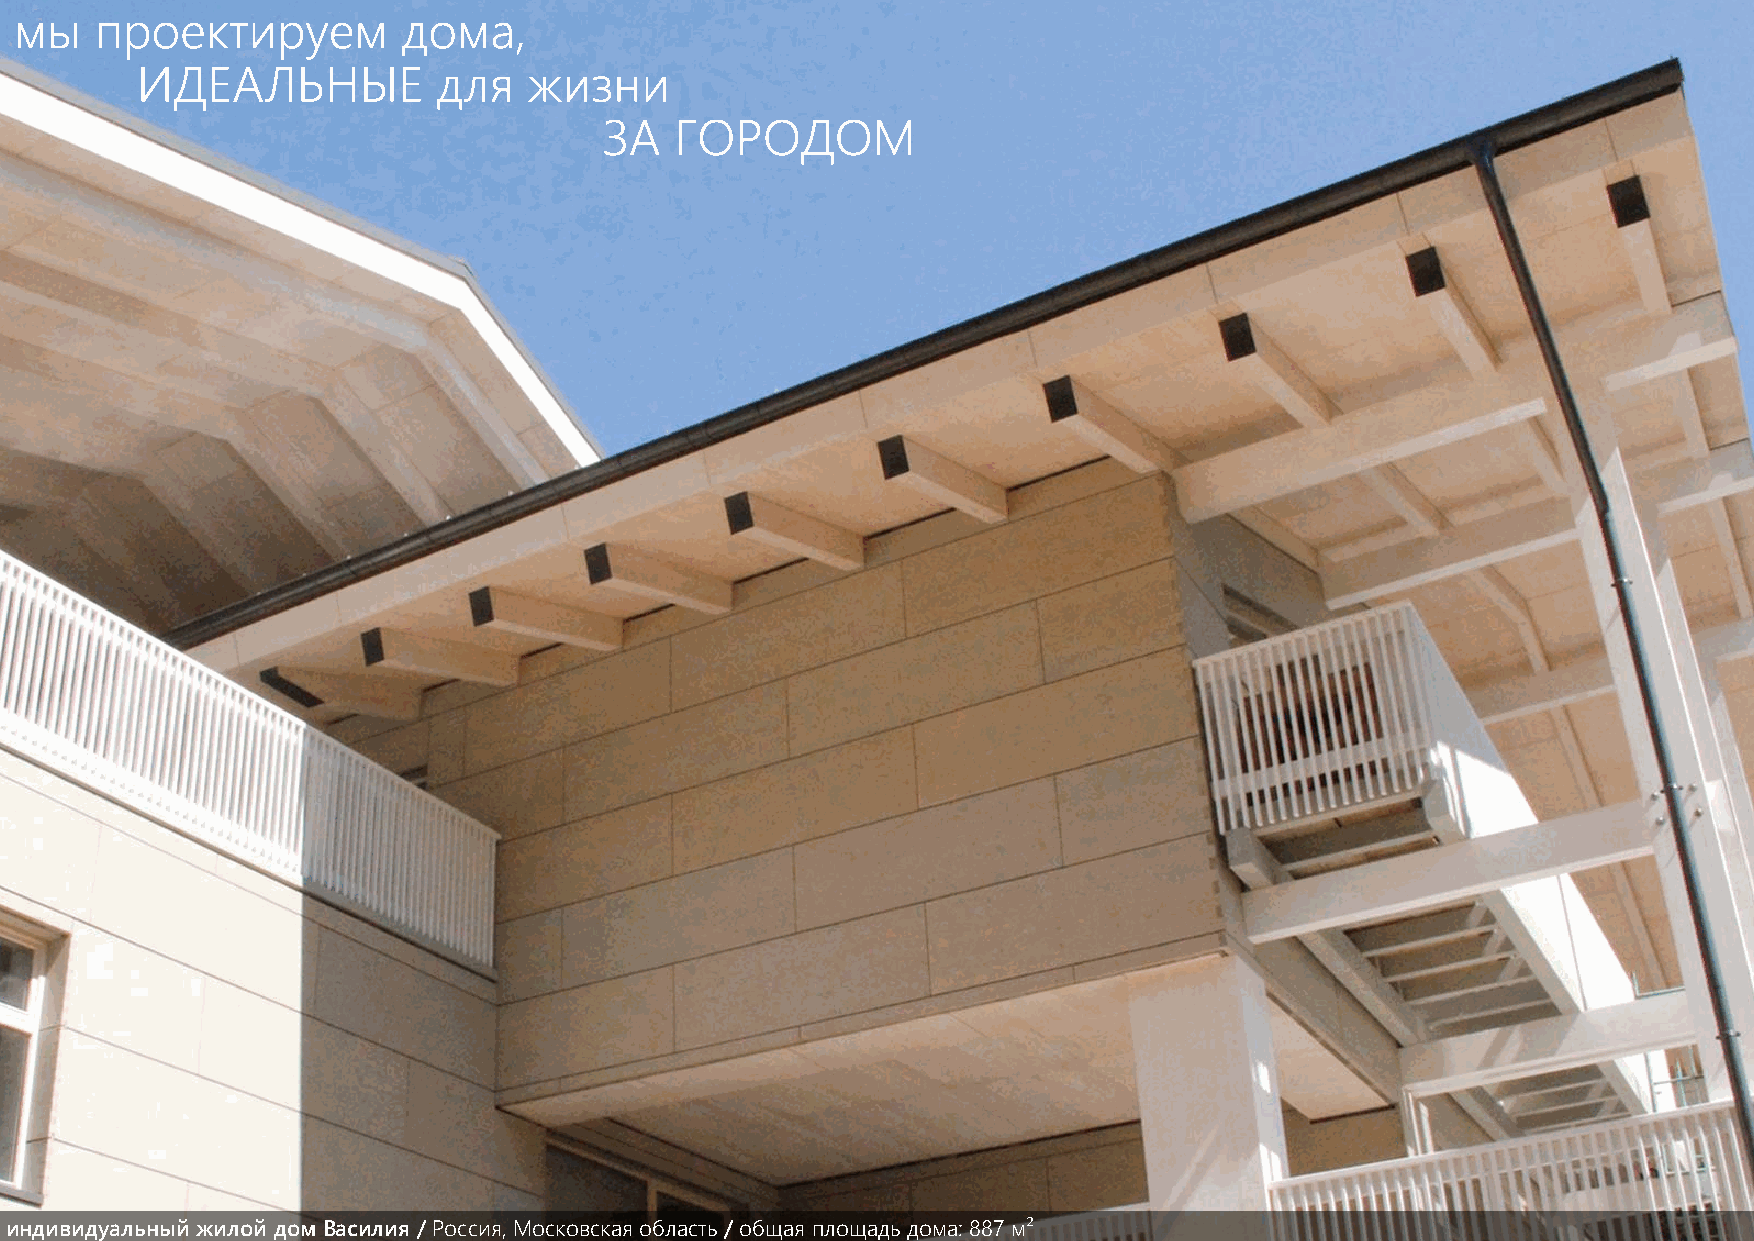
мы   проектируем          дома,
 ИДЕАЛЬНЫЕ           для   жизни
 ЗА   ГОРОДОМ
 индивидуальный жилой дом Василия / Россия, Московская область / общая площадь дома: 887 м²
 GSPublisherVersion 0.0.100.100